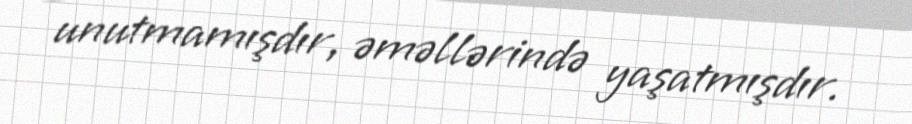
unutmamışdır, əməllərində yaşatmışdır.